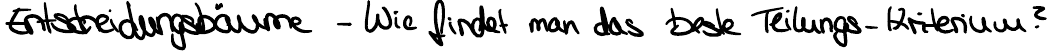
Entscheidungsbäume - Wie findet man das beste Teilungs - Kriterium?